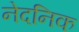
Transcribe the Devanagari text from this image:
नेदनिक